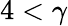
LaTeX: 4<\gamma